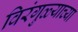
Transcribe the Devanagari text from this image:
विरंगुळ्याच्या